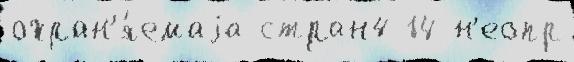
охран'я́емаjа стран4 14 н'еопр